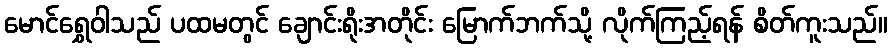
မောင်ရွှေဝါသည် ပထမတွင် ချောင်းရိုးအတိုင်း မြောက်ဘက်သို့ လိုက်ကြည့်ရန် စိတ်ကူးသည်။